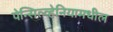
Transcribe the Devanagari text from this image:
पेन्सिल्व्हेनियामधील